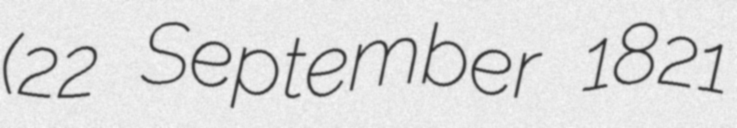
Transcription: (22 September 1821